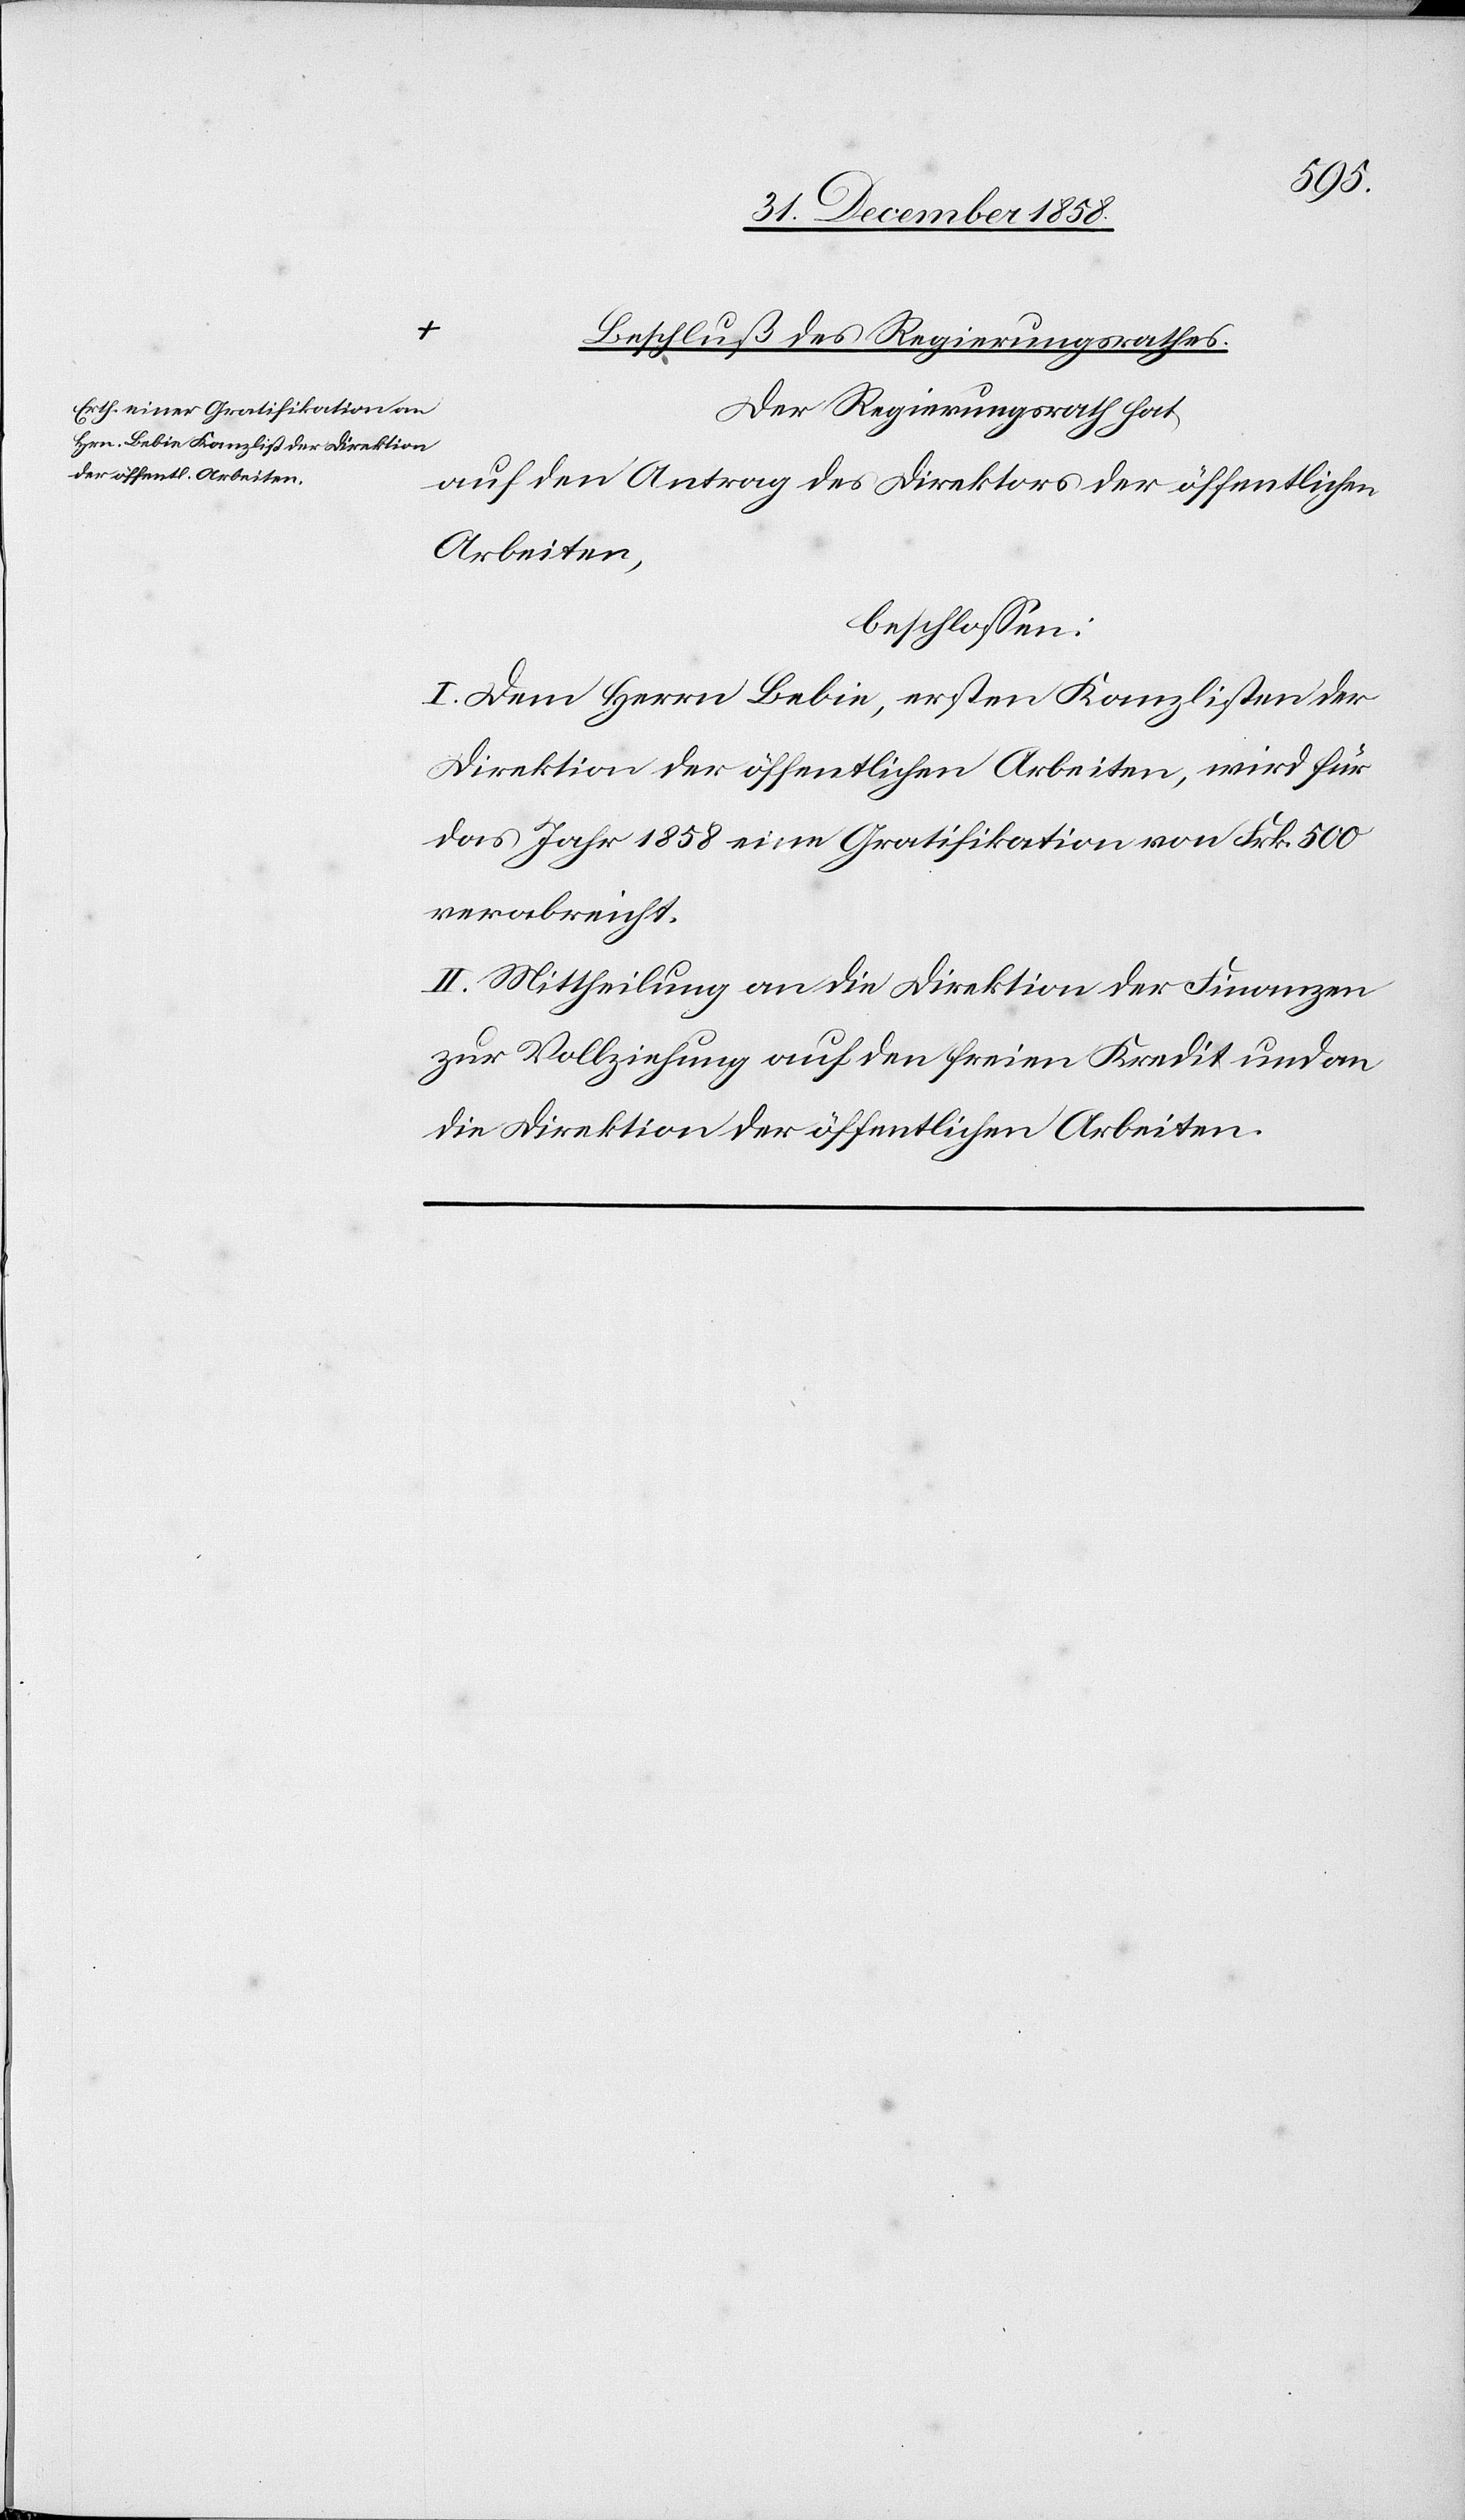
so

seine